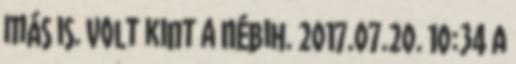
más is. Volt kint a Nébih. 2017.07.20. 10:34 A